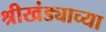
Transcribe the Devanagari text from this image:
श्रीखंड्याच्या